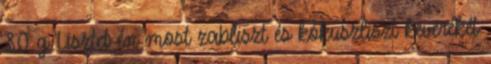
80 g Lisztet én most zabliszt és kókuszliszt keverékét